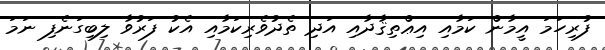
ފުރިހަމަ އީމާން ކަމާއި އިޢްތިޤާދާއި އަދި ތެދުވެރިކަމާއި އެކު ފަރުވާ ލިބިގަނެފި ނަމަ